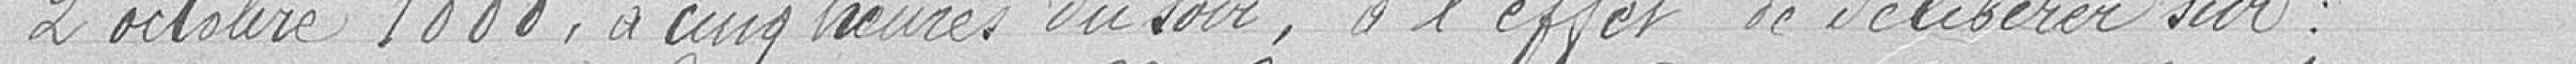
2 octobre 1888, à cinq heures du soir, à l'effet de délibérer sur :